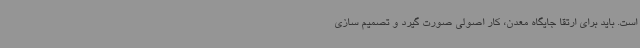
است. باید برای ارتقا جایگاه معدن، کار اصولی صورت گیرد و تصمیم سازی